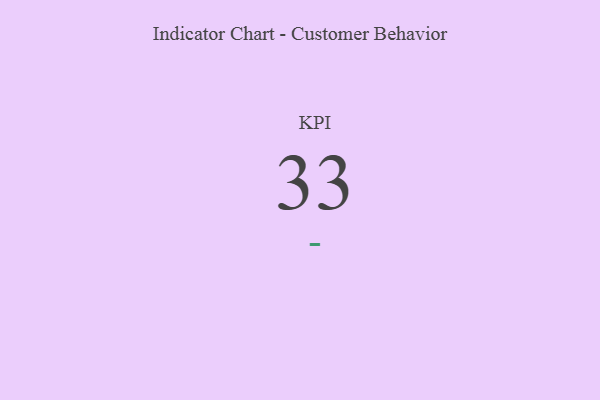
{"axis": {"x": "KPI", "y": "Value"}, "legend": [""], "data": [{"x": "KPI", "y": 33, "type": ""}]}